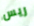
ريس